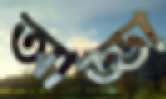
আড্ডা